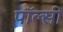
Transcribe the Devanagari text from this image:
पॉल्सी